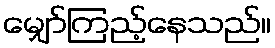
မျှော်ကြည့်နေသည်။